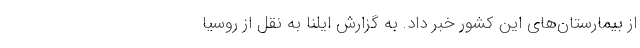
از بیمارستان‌های این کشور خبر داد. به گزارش ایلنا به نقل از روسیا